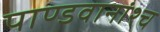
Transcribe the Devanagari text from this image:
पाण्डवानांश्च